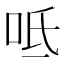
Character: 呧